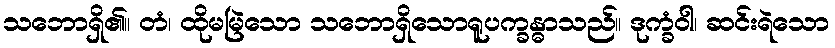
သဘောရှိ၏။ တံ၊ ထိုမမြဲသော သဘောရှိသောရူပက္ခန္ဓာသည်။ ဒုက္ခံဝါ၊ ဆင်းရဲသော